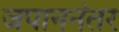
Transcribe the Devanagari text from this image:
जपाननंतर